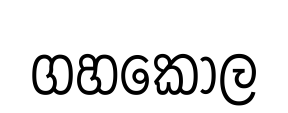
ගහකොල